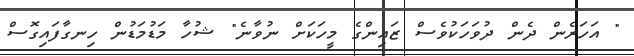
" އަހަރެން ދެން ދުވަހަކުވެސް ޒައިންގެ މީހަކަށް ނުވާނެ" ޝުހާ މަޑުމަޑުން ހިނގާފައިގޮސް